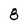
Character: 8